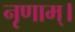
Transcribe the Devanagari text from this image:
नृणाम्‌।